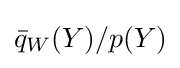
{\bar {q}}_{W}(Y)/p(Y)